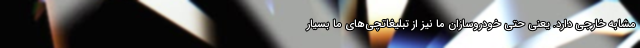
مشابه خارجی دارد. یعنی حتی خودروسازان ما نیز از تبلیغاتچی‌های ما بسیار